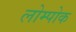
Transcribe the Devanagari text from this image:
लोम्पोक